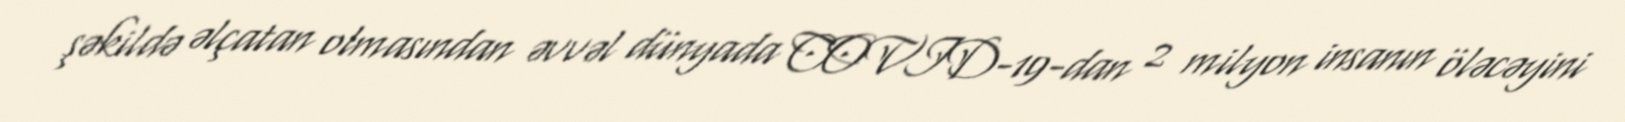
şəkildə əlçatan olmasından əvvəl dünyada COVID-19-dan 2 milyon insanın öləcəyini